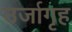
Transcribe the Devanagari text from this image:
उर्जागृह